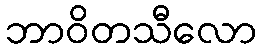
ဘာဝိတသီလော